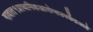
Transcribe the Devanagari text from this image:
गावात१प्राथमिकआरोग्यउपकेंद्रआहे